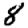
Digit: 8